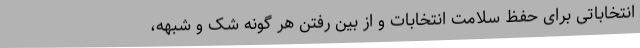
انتخاباتی برای حفظ سلامت انتخابات و از بین رفتن هر گونه شک و شبهه،